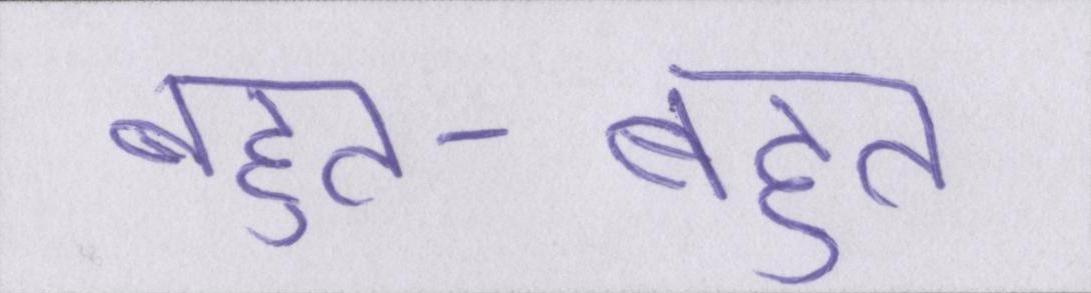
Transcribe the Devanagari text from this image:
बहुत-बहुत